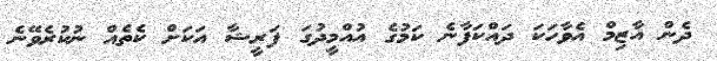
ދެން އާޒިމް އެވާހަކަ ދައްކަފާނެ ކަމުގެ އުއްމީދުގަ ފަރީޝާ އަކަށް ކެތެއް ނުކުރެވޭނެ